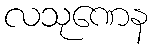
လသုဏေန